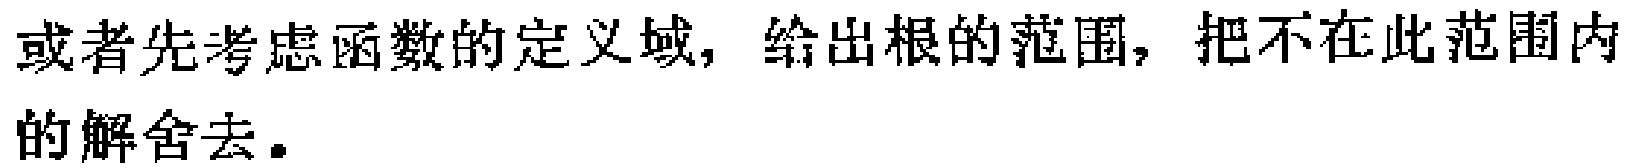
或者先考虑函数的定义域，给出根的范围，把不在此范围内的解舍去。